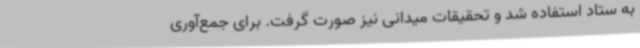
به ستاد استفاده شد و تحقیقات میدانی نیز صورت گرفت. برای جمع‌آوری